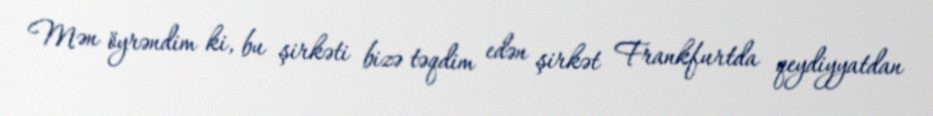
Mən öyrəndim ki, bu şirkəti bizə təqdim edən şirkət Frankfurtda qeydiyyatdan